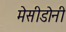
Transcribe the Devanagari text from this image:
मेसीडोनी